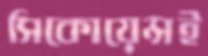
সিকোয়েন্সই